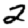
Digit: 2